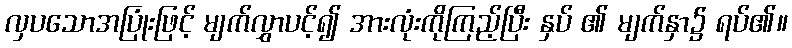
လှပသောအပြုံးဖြင့် မျက်လွှာပင့်၍ အားလုံးကိုကြည့်ပြီး နှပ် ၏ မျက်နှာ၌ ရပ်၏။